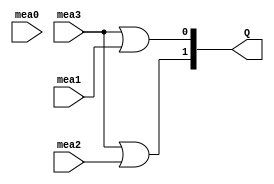
module cod4x2(input mea0, input mea1, input mea2, input mea3, output [1:0]Q);
	wire LOW, nNOT;
	not(nNOT, mea0);
	and(LOW, nNOT, mea0);
	
	or(Q[0], mea3, mea1, LOW);
	or(Q[1], mea3, mea2);
	
endmodule